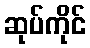
ဆုပ်ကိုင်